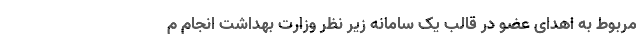
مربوط به اهدای عضو در قالب یک سامانه زیر نظر وزارت بهداشت انجام م